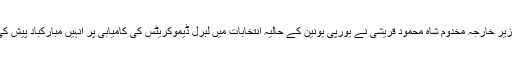
وزیر خارجہ مخدوم شاہ محمود قریشی نے یورپی یونین کے حالیہ انتخابات میں لبرل ڈیموکریٹس کی کامیابی پر انہیں مبارکباد پیش کی۔